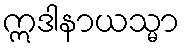
ဣဒါနာယသ္မာ